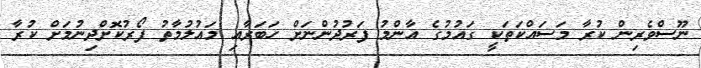
ނޫސްވެރިން ކުރާ މަސައްކަތަކީ ގައުމުގެ އާންމު ފަރުދުންނަށް ހަބަރާއި މައުލުމާތު ފޯރުކޮށްދިނުމަށް ކުރާ